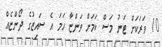
10 ވަރަކަށް ޓަނު މަސް ކަމަށް ވަންޏާ ހަމަ އެ ސައިޒުގެ ދޯންޏެއް